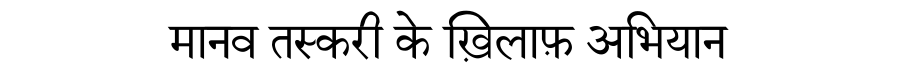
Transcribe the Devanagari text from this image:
मानव तस्करी के ख़िलाफ़ अभियान